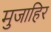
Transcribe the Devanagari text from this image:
मुजाहिर